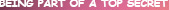
BEING PART OF A TOP SECRET